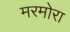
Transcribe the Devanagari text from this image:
मरमोरा